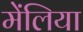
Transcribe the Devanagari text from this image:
मेंलिया